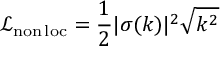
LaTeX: \mathcal { L } _ { \mathrm { n o n \, l o c } } = { \frac { 1 } { 2 } } | \sigma ( k ) | ^ { 2 } \sqrt { k ^ { 2 } }